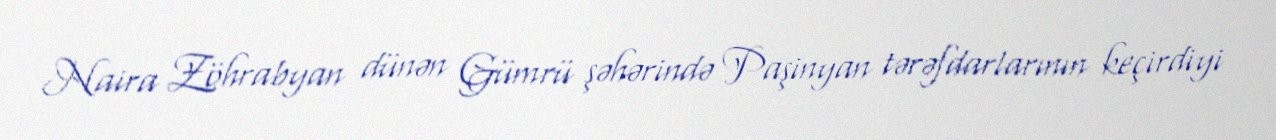
Naira Zöhrabyan dünən Gümrü şəhərində Paşinyan tərəfdarlarının keçirdiyi